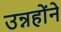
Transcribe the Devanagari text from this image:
उन्नहोंने